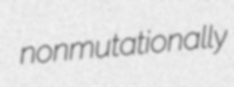
nonmutationally